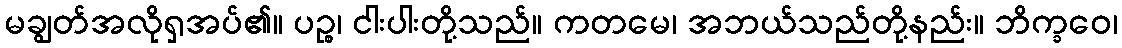
မချွတ်အလိုရှအပ်၏။ ပဉ္စ၊ ငါးပါးတို့သည်။ ကတမေ၊ အဘယ်သည်တို့နည်း။ ဘိက္ခဝေ၊